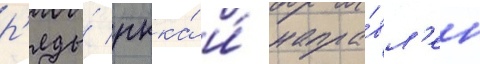
р'яды́ ркка́ и́ напра́вл'ен